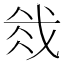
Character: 𫻰